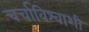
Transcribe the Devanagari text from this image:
चर्चाविश्वाशी